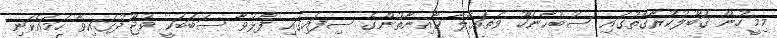
މިމީހުން ޤަބޫލުކުރާގޮތުގައި ސުބުޙާނަހޫ ވަތަޢާލާ ކާއިނާތުންގެ ސިފައިގައި ފާޅުވާ ސަބަބަކީ ވުޖޫދުގައިވާ ހަމައެކަނި